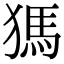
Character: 獁